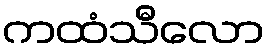
ကထံသီလော